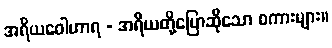
အရိယဝေါဟာရ - အရိယတို့ပြောဆိုသော စကားများ။